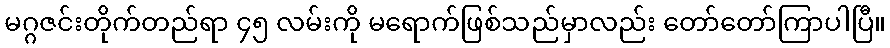
မဂ္ဂဇင်းတိုက်တည်ရာ ၄၅ လမ်းကို မရောက်ဖြစ်သည်မှာလည်း တော်တော်ကြာပါပြီ။